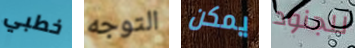
خطبي التوجه يمكن للجنود